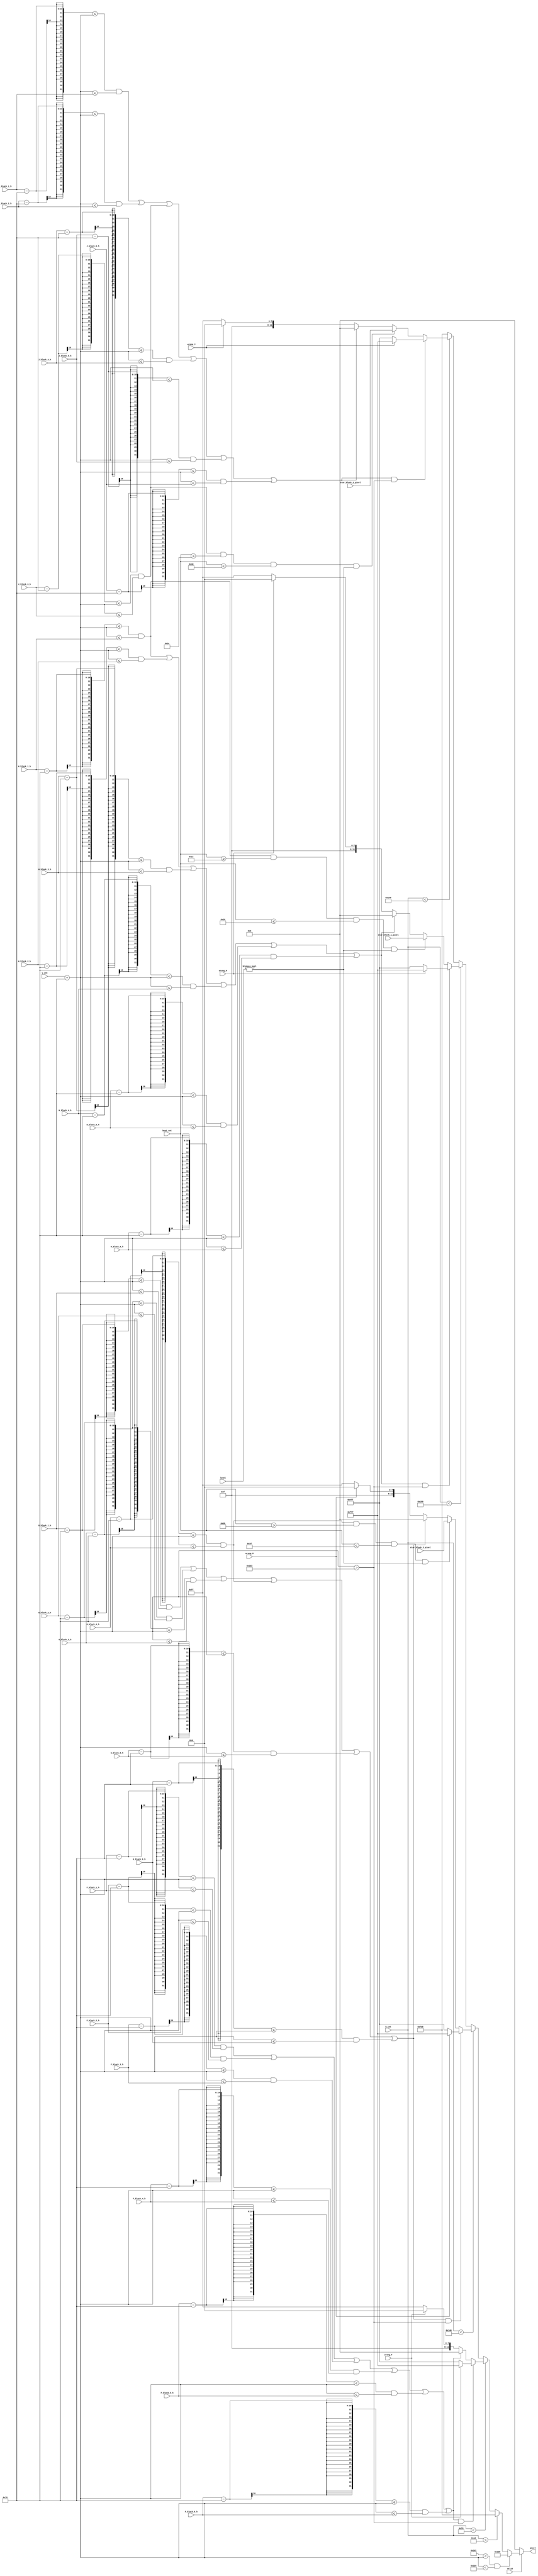
`timescale 1ns / 1ps
//////////////////////////////////////////////////////////////////////////////////
// Company: 
// Engineer: 
// 
// Design Name: 
// Module Name: pixel_generator
// Project Name: 
// Target Devices: 
// Tool Versions: 
// Description: 
// 
// Dependencies: 
// 
// Revision:
// Revision 0.01 - File Created
// Additional Comments:
// 
//////////////////////////////////////////////////////////////////////////////////


module pixel_generator(/*input*/ h_cnt, v_cnt, valid,
    beat_cnt, level,
    /*wrong*/ wrong_F, wrong_G, wrong_H, wrong_J,
    /*ROW F*/ F_block_1_h, F_block_2_h, F_block_3_h, F_block_4_h, F_block_5_h, F_block_6_h,
    /*ROW G*/ G_block_1_h, G_block_2_h, G_block_3_h, G_block_4_h, G_block_5_h, G_block_6_h,
    /*ROW H*/ H_block_1_h, H_block_2_h, H_block_3_h, H_block_4_h, H_block_5_h, H_block_6_h,
    /*ROW J*/ J_block_1_h, J_block_2_h, J_block_3_h, J_block_4_h, J_block_5_h, J_block_6_h,
    /*star blocks*/ star_block_1_pixel, star_block_2_pixel, star_block_3_pixel,
    /*output*/ pixel );

    input [9:0] h_cnt, v_cnt;
    input valid;
    input [1:0] level;
    input [6:0]beat_cnt;
    input wrong_F, wrong_G, wrong_H, wrong_J;
    input [9:0] /*ROW F*/F_block_1_h, F_block_2_h, F_block_3_h, F_block_4_h, F_block_5_h, F_block_6_h,
    /*ROW G*/ G_block_1_h, G_block_2_h, G_block_3_h, G_block_4_h, G_block_5_h, G_block_6_h,
    /*ROW H*/ H_block_1_h, H_block_2_h, H_block_3_h, H_block_4_h, H_block_5_h, H_block_6_h,
    /*ROW J*/ J_block_1_h, J_block_2_h, J_block_3_h, J_block_4_h, J_block_5_h, J_block_6_h;
    input [11:0] star_block_1_pixel, star_block_2_pixel, star_block_3_pixel;

    output reg [11:0] pixel;

    wire [9:0] trans_v_cnt;

    assign trans_v_cnt = v_cnt + 120;

    always@*
    begin
        if( ~valid )
            begin
                pixel = 12'b0000_0000_0000;
            end
        else if( ( 465 < trans_v_cnt ) && ( trans_v_cnt < 468 ) )
            begin
                pixel = 12'b0011_1101_1001;
            end

        else if( h_cnt <160 ) //margin
            begin
                pixel = 12'b1111_1101_1000;
            end
        else if( h_cnt < 240 ) // row F
            begin
                if( (
                /*block 1*/ ( ( F_block_1_h - 120 <= trans_v_cnt ) && ( trans_v_cnt <= F_block_1_h ) )
                /*block 2*/ || ( ( F_block_2_h - 120 <= trans_v_cnt ) && ( trans_v_cnt <= F_block_2_h ) )
                /*block 3*/ || ( ( F_block_3_h - 120 <= trans_v_cnt ) && ( trans_v_cnt <= F_block_3_h ) )
                /*block 4*/ || ( ( F_block_4_h - 120 <= trans_v_cnt ) && ( trans_v_cnt <= F_block_4_h ) )
                /*block 5*/ || ( ( F_block_5_h - 120 <= trans_v_cnt ) && ( trans_v_cnt <= F_block_5_h ) )
                /*block 6*/ || ( ( F_block_6_h - 120 <= trans_v_cnt ) && ( trans_v_cnt <= F_block_6_h ) )
                ) && ( trans_v_cnt > 467 ) )
                    begin
                        pixel = (wrong_F)? 12'b1111_0111_0111 : 12'b0100_1111_1111;
                    end
                else if( /*block 1*/( ( F_block_1_h -120 <= trans_v_cnt ) && ( trans_v_cnt <= F_block_1_h ) )
                /*block 2*/ || ( ( F_block_2_h - 120 <= trans_v_cnt ) && ( trans_v_cnt <= F_block_2_h ) )
                /*block 3*/ || ( ( F_block_3_h - 120 <= trans_v_cnt ) && ( trans_v_cnt <= F_block_3_h ) )
                /*block 4*/ || ( ( F_block_4_h - 120 <= trans_v_cnt ) && ( trans_v_cnt <= F_block_4_h ) )
                /*block 5*/ || ( ( F_block_5_h - 120 <= trans_v_cnt ) && ( trans_v_cnt <= F_block_5_h ) )
                /*block 6*/ || ( ( F_block_6_h - 120 <= trans_v_cnt ) && ( trans_v_cnt <= F_block_6_h ) )
                )
                    begin
                        pixel = 12'b0;
                    end
                else
                    begin
                        pixel = (wrong_F)? 12'b1111_0000_0000 : 12'b1111_1111_1111;
                    end
            end
        else if( h_cnt < 320 ) //row G
            begin

                if( (
                /*block 1*/ ( ( G_block_1_h - 120 <= trans_v_cnt ) && ( trans_v_cnt <= G_block_1_h ) )
                /*block 2*/ || ( ( G_block_2_h - 120 <= trans_v_cnt ) && ( trans_v_cnt <= G_block_2_h ) )
                /*block 3*/ || ( ( G_block_3_h - 120 <= trans_v_cnt ) && ( trans_v_cnt <= G_block_3_h ) )
                /*block 4*/ || ( ( G_block_4_h - 120 <= trans_v_cnt ) && ( trans_v_cnt <= G_block_4_h ) )
                /*block 5*/ || ( ( G_block_5_h - 120 <= trans_v_cnt ) && ( trans_v_cnt <= G_block_5_h ) )
                /*block 6*/ || ( ( G_block_6_h - 120 <= trans_v_cnt ) && ( trans_v_cnt <= G_block_6_h ) )
                ) && ( trans_v_cnt > 467 ) )
                    begin
                        pixel = (wrong_G)? 12'b1111_0111_0111 : 12'b0100_1111_1111;
                    end

                else if( ( G_block_4_h - 120 <= trans_v_cnt ) && ( trans_v_cnt <= G_block_4_h ) && (beat_cnt >= 91) && ( beat_cnt <= 95 )  && ( level != 0 ) )
                    begin
                        pixel = star_block_3_pixel;
                    end

                else if( /*block 1*/( ( G_block_1_h -120 <= trans_v_cnt ) && ( trans_v_cnt <= G_block_1_h ) )
                /*block 2*/ || ( ( G_block_2_h - 120 <= trans_v_cnt ) && ( trans_v_cnt <= G_block_2_h ) )
                /*block 3*/ || ( ( G_block_3_h - 120 <= trans_v_cnt ) && ( trans_v_cnt <= G_block_3_h ) )
                /*block 4*/ || ( ( G_block_4_h - 120 <= trans_v_cnt ) && ( trans_v_cnt <= G_block_4_h ) )
                /*block 5*/ || ( ( G_block_5_h - 120 <= trans_v_cnt ) && ( trans_v_cnt <= G_block_5_h ) )
                /*block 6*/ || ( ( G_block_6_h - 120 <= trans_v_cnt ) && ( trans_v_cnt <= G_block_6_h ) )
                )
                    begin
                        pixel = 12'b0;
                    end

                else
                    begin
                        pixel = (wrong_G)? 12'b1111_0000_0000 : 12'b1111_1111_1111;
                    end
            end
        else if( h_cnt < 400 ) //row H
            begin
                if( (
                /*block 1*/ ( ( H_block_1_h - 120 <= trans_v_cnt ) && ( trans_v_cnt <= H_block_1_h ) )
                /*block 2*/ || ( ( H_block_2_h - 120 <= trans_v_cnt ) && ( trans_v_cnt <= H_block_2_h ) )
                /*block 3*/ || ( ( H_block_3_h - 120 <= trans_v_cnt ) && ( trans_v_cnt <= H_block_3_h ) )
                /*block 4*/ || ( ( H_block_4_h - 120 <= trans_v_cnt ) && ( trans_v_cnt <= H_block_4_h ) )
                /*block 5*/ || ( ( H_block_5_h - 120 <= trans_v_cnt ) && ( trans_v_cnt <= H_block_5_h ) )
                /*block 6*/ || ( ( H_block_6_h - 120 <= trans_v_cnt ) && ( trans_v_cnt <= H_block_6_h ) )
                )&& ( trans_v_cnt > 467 ) )
                    begin
                        pixel = (wrong_H)? 12'b1111_0111_0111 : 12'b0100_1111_1111;
                    end

                else if( ( H_block_1_h - 120 <= trans_v_cnt ) && ( trans_v_cnt <= H_block_1_h ) && (beat_cnt >= 28) && ( beat_cnt <= 32 ) && ( level != 0 ) )
                    begin
                        pixel = star_block_1_pixel;
                    end

                else if( /*block 1*/( ( H_block_1_h - 120 <= trans_v_cnt ) && ( trans_v_cnt <= H_block_1_h ) )
                /*block 2*/ || ( ( H_block_2_h - 120 <= trans_v_cnt ) && ( trans_v_cnt <= H_block_2_h ) )
                /*block 3*/ || ( ( H_block_3_h - 120 <= trans_v_cnt ) && ( trans_v_cnt <= H_block_3_h ) )
                /*block 4*/ || ( ( H_block_4_h - 120 <= trans_v_cnt ) && ( trans_v_cnt <= H_block_4_h ) )
                /*block 5*/ || ( ( H_block_5_h - 120 <= trans_v_cnt ) && ( trans_v_cnt <= H_block_5_h ) )
                /*block 6*/ || ( ( H_block_6_h - 120 <= trans_v_cnt ) && ( trans_v_cnt <= H_block_6_h ) )
                )
                    begin
                        pixel = 12'b0000_0000_0000;
                    end

                else
                    begin
                        pixel = (wrong_H)? 12'b1111_0000_0000 : 12'b1111_1111_1111;
                    end
            end
        else if( h_cnt < 480 ) //row J
            begin
                if( (
                /*block 1*/ ( ( J_block_1_h - 120 <= trans_v_cnt ) && ( trans_v_cnt <= J_block_1_h ) )
                /*block 2*/ || ( ( J_block_2_h - 120 <= trans_v_cnt ) && ( trans_v_cnt <= J_block_2_h ) )
                /*block 3*/ || ( ( J_block_3_h - 120 <= trans_v_cnt ) && ( trans_v_cnt <= J_block_3_h ) )
                /*block 4*/ || ( ( J_block_4_h - 120 <= trans_v_cnt ) && ( trans_v_cnt <= J_block_4_h ) )
                /*block 5*/ || ( ( J_block_5_h - 120 <= trans_v_cnt ) && ( trans_v_cnt <= J_block_5_h ) )
                /*block 6*/ || ( ( J_block_6_h - 120 <= trans_v_cnt ) && ( trans_v_cnt <= J_block_6_h ) )
                ) && ( trans_v_cnt > 467 ) )
                    begin
                        pixel = (wrong_J)? 12'b1111_0111_0111 : 12'b0100_1111_1111;
                    end

                else if( ( J_block_3_h - 120 <= trans_v_cnt ) && ( trans_v_cnt <= J_block_3_h ) && (beat_cnt >= 60) && ( beat_cnt <= 64 ) && ( level != 0 ) )
                    begin
                        pixel = star_block_2_pixel;
                    end

                else if( /*block 1*/( ( J_block_1_h -120 <= trans_v_cnt ) && ( trans_v_cnt <= J_block_1_h ) )
                /*block 2*/ || ( ( J_block_2_h - 120 <= trans_v_cnt ) && ( trans_v_cnt <= J_block_2_h ) )
                /*block 3*/ || ( ( J_block_3_h - 120 <= trans_v_cnt ) && ( trans_v_cnt <= J_block_3_h ) )
                /*block 4*/ || ( ( J_block_4_h - 120 <= trans_v_cnt ) && ( trans_v_cnt <= J_block_4_h ) )
                /*block 5*/ || ( ( J_block_5_h - 120 <= trans_v_cnt ) && ( trans_v_cnt <= J_block_5_h ) )
                /*block 6*/ || ( ( J_block_6_h - 120 <= trans_v_cnt ) && ( trans_v_cnt <= J_block_6_h ) )
                )
                    begin
                        pixel = 12'b0000_0000_0000;
                    end
                else
                    begin
                        pixel = (wrong_J)? 12'b1111_0000_0000 : 12'b1111_1111_1111;
                    end
            end
        else //margin
            begin
                pixel = 12'b1111_1101_1000;
            end
    end
endmodule